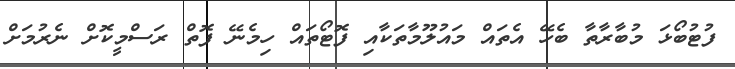
ފުޓުބޯޅަ މުބާރާތާ ބެހޭ އެތައް މައުލޫމާތަކާއި ފޮޓޯތައް ހިމެނޭ ފޮތް ރަސްމީކޮށް ނެރުމަށް